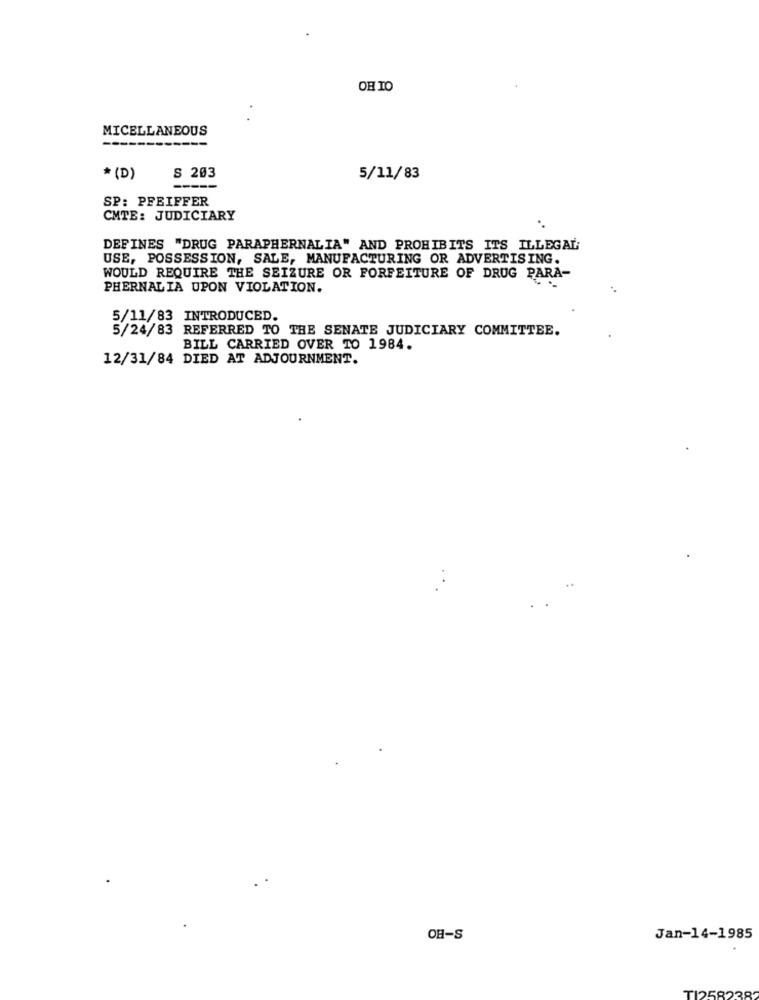
OB TO
MICELLANEOUS
---------
--
S 203
* (D)
5/11/83
SP: PFEIFFER
CMTE: JUDICIARY
DEFINES "DRUG PARAPHERNALIA" AND PROHIBITS ITS ILLEGAL;
USE, POSSESSION, SALE, MANUFACTURING OR ADVERTISING.
WOULD REQUIRE THE SEIZURE OR FORFEITURE OF DRUG PARA-
PHERNALIA UPON VIOLATION.
5/11/83 INTRODUCED.
5/24/83 REFERRED TO THE SENATE JUDICIARY COMMITTEE.
BILL CARRIED OVER TO 1984.
12/31/84 DIED AT ADJOURNMENT.
OH-S
Jan-14-1985
TI258238